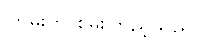
ကြမ်းကို စမ်းကြည့်သည်။